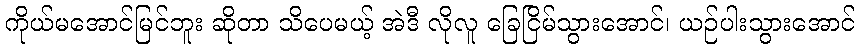
ကိုယ်မအောင်မြင်ဘူး ဆိုတာ သိပေမယ့် အဲဒီ လိုလူ ခြေငြိမ်သွားအောင်၊ ယဉ်ပါးသွားအောင်